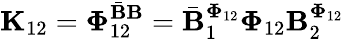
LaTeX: \mathbf{K}_{12}=\boldsymbol{\Phi}_{12}^{\bar{\mathbf{B}}{\mathbf{B}}}=\bar{\mathbf{B}}_{1}^{\boldsymbol{\Phi}_{12}}\boldsymbol{\Phi}_{12}\mathbf{B}_{2}^{\boldsymbol{\Phi}_{12}}